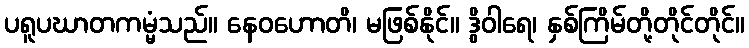
ပရူပဃာတကမ္မံသည်။ နေဝဟောတိ၊ မဖြစ်နိုင်။ ဒွိဝါရေ၊ နှစ်ကြိမ်တို့တိုင်တိုင်။